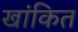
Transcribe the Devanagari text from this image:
खांकित